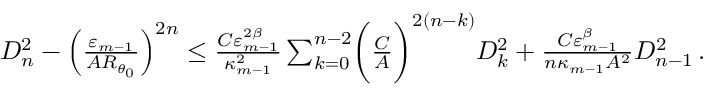
\begin{array} { r } { D _ { n } ^ { 2 } - \mathopen { } \mathclose \bgroup \left( \frac { \varepsilon _ { m - 1 } } { A R _ { \theta _ { 0 } } } \aftergroup \egroup \right) ^ { 2 n } \leq \frac { C \varepsilon _ { m - 1 } ^ { 2 \beta } } { \kappa _ { m - 1 } ^ { 2 } } \sum _ { k = 0 } ^ { n - 2 } \biggl ( \frac { C } { A } \biggr ) ^ { 2 ( n - k ) } D _ { k } ^ { 2 } + \frac { C \varepsilon _ { m - 1 } ^ { \beta } } { n \kappa _ { m - 1 } A ^ { 2 } } D _ { n - 1 } ^ { 2 } \, . } \end{array}